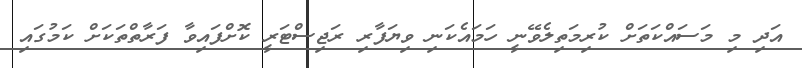
އަދި މި މަސައްކަތަށް ކުރިމަތިލެވޭނީ ހަމައެކަނި ވިޔަފާރި ރަޖިސްޓަރީ ކޮށްފައިވާ ފަރާތްތަކަށް ކަމުގައި